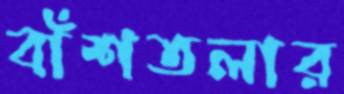
বাঁশতলার